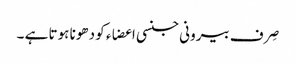
صِرف بیرونی جنسی اعضاء کو دھونا ہوتا ہے ۔